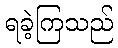
ရခဲ့ကြသည်